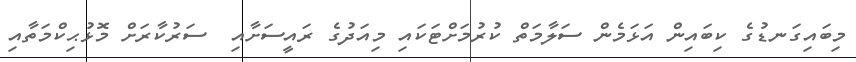
މިބައިގަނޑުގެ ކިބައިން އަޅަމެން ސަލާމަތް ކުރުމަށްޓަކައި މިއަދުގެ ރައީސަށާއި  ސަރުކާރަށް މޮޅުޙިކްމަތާއި